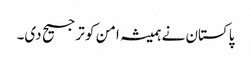
پاکستان نے ہمیشہ امن کو ترجیح دی۔